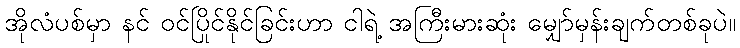
အိုလံပစ်မှာ နင် ဝင်ပြိုင်နိုင်ခြင်းဟာ ငါရဲ့ အကြီးမားဆုံး မျှော်မှန်းချက်တစ်ခုပဲ။